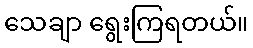
သေချာ ရွေးကြရတယ်။